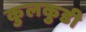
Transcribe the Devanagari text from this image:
कुलकुडी